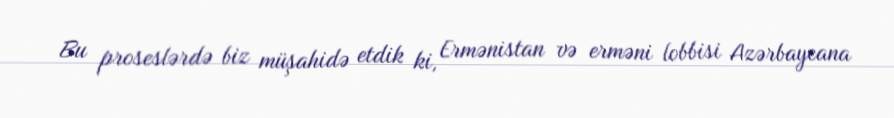
Bu proseslərdə biz müşahidə etdik ki, Ermənistan və erməni lobbisi Azərbaycana